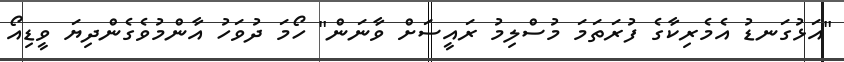
"އަޅުގަނޑު އެމެރިކާގެ ފުރަތަމަ މުސްލިމު ރައީސަށް ވާނަން" ހޯމަ ދުވަހު އާންމުވެގެންދިޔަ ވީޑިއޯ